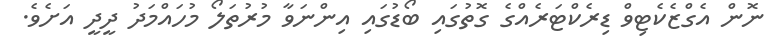
ނޮން އެގްޒެކެޓިވް ޑިރެކްޓަރެއްގެ ގޮތުގައި ބޯޑުގައި އިންނަވާ މުރުތަލޯ މުހައްމަދު ދީދީ އަށެވެ.